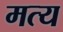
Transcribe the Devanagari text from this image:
मत्य